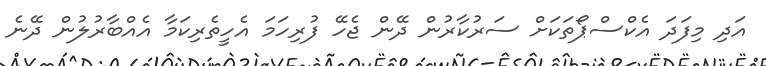
އަދި މިފަދަ އެކްސްޕޯތަކަށް ސަރުކާރުން ދޭން ޖެހޭ ފުރިހަމަ އެހީތެރިކަމާ އެއްބާރުލުން ދޭނެ